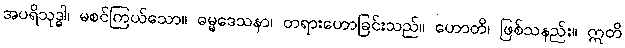
အပရိသုဒ္ဓါ၊ မစင်ကြယ်သော။ ဓမ္မဒေသနာ၊ တရားဟောခြင်းသည်။ ဟောတိ၊ ဖြစ်သနည်း။ ဣတိ